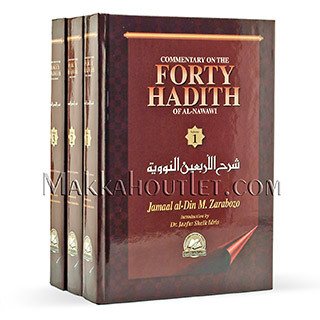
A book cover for Commentary on the Forty Hadith of Al-Nawawi (3-Volume Set); Jamaal Al-Din M. Zarabozo; Religion & Spirituality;